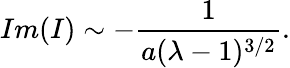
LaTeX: Im(I)\sim-{\frac{1}{a(\lambda-1)^{3/2}}}.